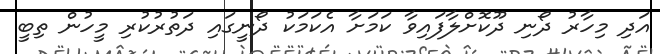
އަދި މިހާރު ދޯނި ދޫކޮށްލާފައިވާ ކަމަށާ އެކަމަކު ދޯނީގައި ދަތުރުކުރި މީހުން ތިބީ